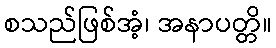
စသည်ဖြစ်အံ့၊ အနာပတ္တိ။